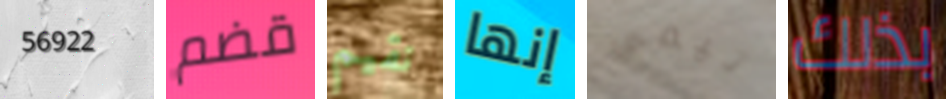
56922 قضم نقيم إنها تيمي بذلك